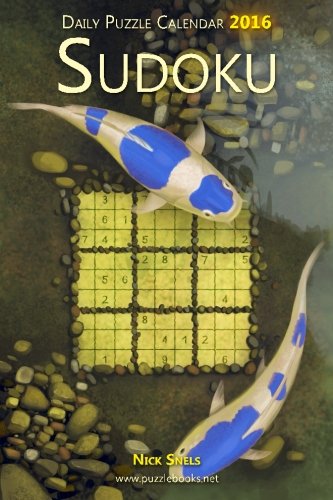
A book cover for Daily Sudoku Puzzle Calendar 2016 (Daily Puzzle Calendar 2016); Nick Snels; Calendars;